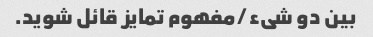
بین دو شیء/مفهوم تمایز قائل شوید.